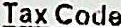
TAX CODE